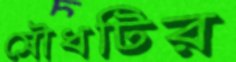
সৌধটির